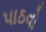
પાઠવો